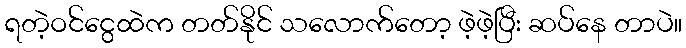
ရတဲ့ဝင်ငွေထဲက တတ်နိုင် သလောက်တော့ ဖဲ့ဖဲ့ပြီး ဆပ်နေ တာပဲ။